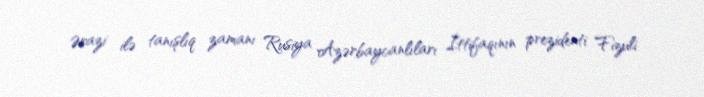
Ərazi ilə tanışlıq zamanı Rusiya Azərbaycanlıları İttifaqının prezidenti Fizuli